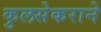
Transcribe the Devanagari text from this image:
कुलसेकराने